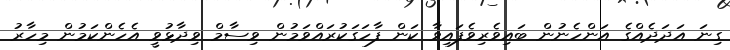
ގިނަ އަދަދެއްގެ އަންހެނުން ބައިވެރިވެފައިވާ ކަން ފާހަގަކުރައްވަމުން ވިސާމް ވިދާޅުވީ އެހެންކަމުން މިހާރު